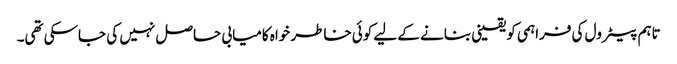
تاہم پیٹرول کی فراہمی کو یقینی بنانے کے لیے کوئی خاطر خواہ کامیابی حاصل نہیں کی جاسکی تھی۔